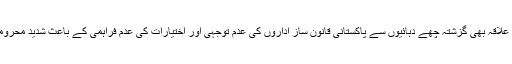
گلگت بلتستان کا علاقہ بھی گزشتہ چھے دہائیوں سے پاکستانی قانون ساز اداروں کی عدم توجہی اور اختیارات کی عدم فراہمی کے باعث شدید محرومی کا شکار ہے۔